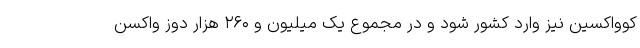
کوواکسین نیز وارد کشور شود و در مجموع یک میلیون و ۲۶۰ هزار دوز واکسن